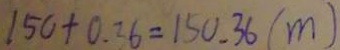
1 5 0 + 0 . 3 6 = 1 5 0 . 3 6 ( m )